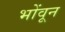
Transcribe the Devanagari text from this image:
भोंवून